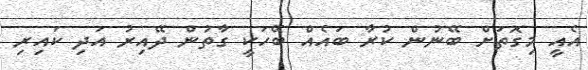
އެއީ މިގޮތަށް ބޭނުން ކުރާ ބައެއް ބޭހަކީ ގާތުން ދޭއިރު އަދި ކައިރި